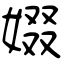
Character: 娺